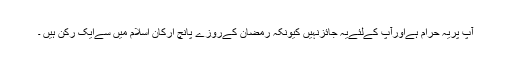
آپ پریہ حرام ہےاورآپ کےلئےیہ جائزنہیں کیونکہ رمضان کےروزے پانچ ارکان اسلام میں سےایک رکن ہیں ۔